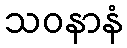
သဝနာနံ